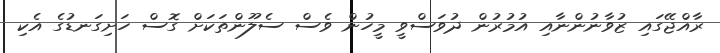
ރާއްޖޭގައި ޒުވާނުންނާއި އުމުރުން ދުވަސްވީ މީހުން ވެސް ސެލޫންތަކަށް ގޮސް ހަށިގަނޑުގެ އެކި